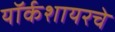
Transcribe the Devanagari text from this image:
यॉर्कशायरचे